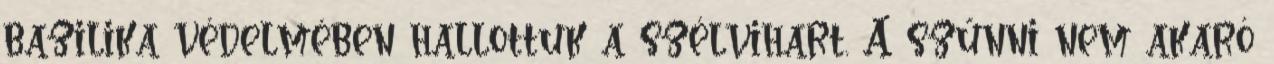
bazilika védelmében hallottuk a szélvihart. A szűnni nem akaró